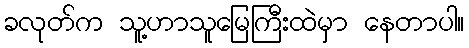
ခလုတ်က သူ့ဟာသူမြေကြီးထဲမှာ နေတာပါ။